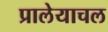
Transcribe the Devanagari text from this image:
प्रालेयाचल